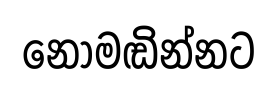
නොමඬින්නට